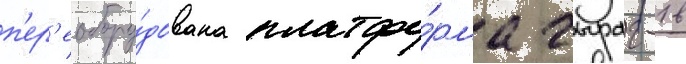
п'ер'еобору́дована платфо́рма чыраг-1 в